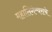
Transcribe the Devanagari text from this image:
महालिंगेश्र्वराचे